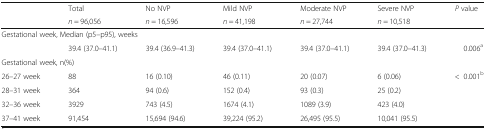
<table><thead><tr><td rowspan="2"></td><td><b>Total</b></td><td><b>No NVP</b></td><td><b>Mild NVP</b></td><td><b>Moderate NVP</b></td><td><b>Severe NVP</b></td><td rowspan="2"><b><i>P</i> value</b></td></tr><tr><td><b><i>n</i> = 96,056</b></td><td><b><i>n</i> = 16,596</b></td><td><b><i>n</i> = 41,198</b></td><td><b><i>n</i> = 27,744</b></td><td><b><i>n</i> = 10,518</b></td></tr></thead><tbody><tr><td colspan="7">Gestational week, Median (p5–p95), weeks</td></tr><tr><td></td><td>39.4 (37.0–41.1)</td><td>39.4 (36.9–41.3)</td><td>39.4 (37.0–41.1)</td><td>39.4 (37.0–41.1)</td><td>39.4 (37.0–41.3)</td><td>0.006<sup>a</sup></td></tr><tr><td colspan="7">Gestational week, n(%)</td></tr><tr><td>26–27 week</td><td>88</td><td>16 (0.10)</td><td>46 (0.11)</td><td>20 (0.07)</td><td>6 (0.06)</td><td>&lt;0.001<sup>b</sup></td></tr><tr><td>28–31 week</td><td>364</td><td>94 (0.6)</td><td>152 (0.4)</td><td>93 (0.3)</td><td>25 (0.2)</td><td></td></tr><tr><td>32–36 week</td><td>3929</td><td>743 (4.5)</td><td>1674 (4.1)</td><td>1089 (3.9)</td><td>423 (4.0)</td><td></td></tr><tr><td>37–41 week</td><td>91,454</td><td>15,694 (94.6)</td><td>39,224 (95.2)</td><td>26,495 (95.5)</td><td>10,041 (95.5)</td><td></td></tr></tbody></table>